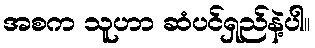
အစက သူဟာ ဆံပင်ရှည်နဲ့ပါ။